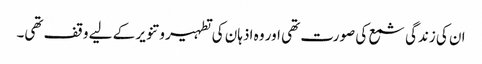
ان کی زندگی شمع کی صورت تھی اور وہ اذہان کی تطہیر و تنویر کے لیے وقف تھی۔